Annual report of the Madras Medical College
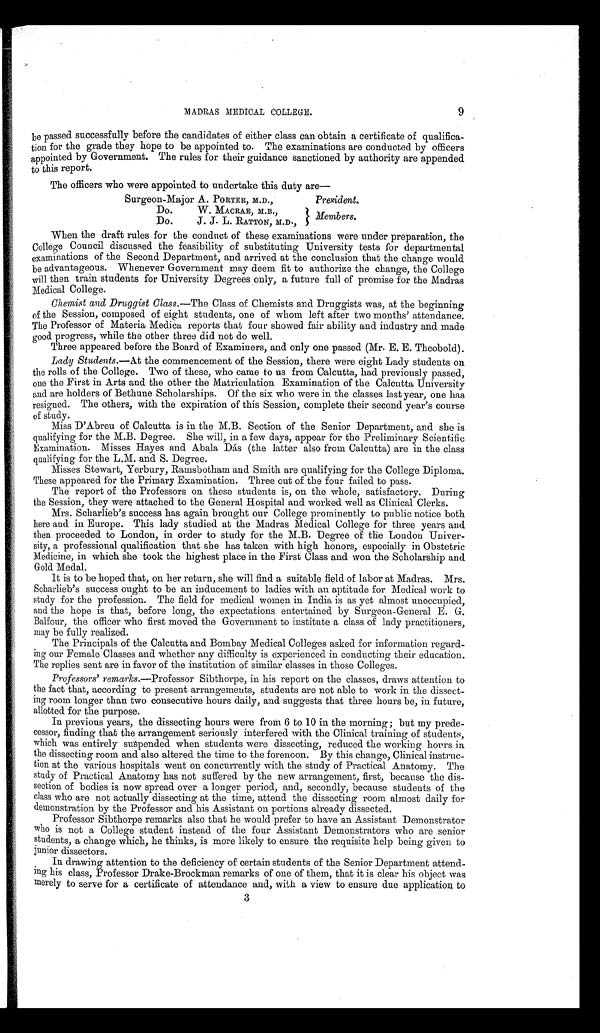
MADRAS MEDICAL COLLEGE.
9
be passed successfully before the candidates of either class can obtain a certificate of qualifica-
tion for the grade they hope to be appointed to. The examinations are conducted by officers
appointed by Government. The rules for their guidance sanctioned by authority are appended
to this report.
The officers who were appointed to undertake this duty are
―
Surgeon-Major A. PORTER, M.D.,
President.
Do . W. MACR AE M. B. , . .
Do . J . J . L . R AT T ON, M. D. ,
When the draft rules for the conduct of these examinations were under preparation, the
College Council discussed the feasibility of substituting University tests for departmental
examinations of the Second Department, and arrived at the conclusion that the change would
be advantageous. Whenever Government may deem fit to authorize the change, the College
will then train students for University Degrees only, a future full of promise for the Madras
Medical College.
Chemist and Druggist Class.—The Class of Chemists and Druggists was, at the beginning
of the Session, composed of eight students, one of whom left after two months' attendance.
The Professor of Materia Medica reports that four showed fair ability and industry and made
good progress, while the other three did not do well.
Three appeared before the Board of Examiners, and only one passed (Mr. E. E. Theobold).
Lady Students.—At the commencement of the Session, there were eight Lady students on
the rolls of the College. Two of these, who came to us from Calcutta, had previously passed,
one the First in Arts and the other the Matriculation Examination of the Calcutta University
and are holders of Bethune Scholarships. Of the six who were in the classes last year, one has
resigned. The others, with the expiration of this Session, complete their second year's course
of study.
Miss D'Abreu of Calcutta is in the M.B. Section of the Senior Department, and she is
qualifying for the M.B. Degree. She will, in a few days, appear for the Preliminary Scientific
Examination. Misses Hayes and Abala Dás (the latter also from Calcutta) are in the class
qualifying for the L.M. and S. Degree.
Misses Stewart, Yerbury, Ramsbotham and Smith are qualifying for the College Diploma.
These appeared for the Primary Examination. Three out of the four failed to pass.
The report of the Professors on these students is, on the whole, satisfactory. During
the Session, they were attached to the General Hospital and worked well as Clinical Clerks.
Mrs. Scharlieb's success has again brought our College prominently to public notice both
here and in Europe. This lady studied at the Madras Medical College for three years and
then proceeded to London, in order to study for the M.B. Degree of the London Univer-
sity, a professional qualification that she has taken with high honors, especially in Obstetric
Medicine, in which she took the highest place in the First Class and won the Scholarship and
Gold Medal.
It is to be hoped that, on her return, she will find a suitable field of labor at Madras. Mrs.
Scharlieb's success ought to be an inducement to ladies with an aptitude for Medical work to
study for the profession. The field for medical women in India is as yet almost unoccupied,
and the hope is that, before long, the expectations entertained by Surgeon-General E. G.
Balfour, the officer who first moved the Government to institute a class of lady practitioners,
may be fully realized.
The Principals of the Calcutta and Bombay Medical Colleges asked for information regard-
ing our Female Classes and whether any difficulty is experienced in conducting their education.
The replies sent are in favor of the institution of similar classes in those Colleges.
Pro fessors' remarks.—Professor Sibthorpe, in his report on the classes, draws attention to
the fact that, according to present arrangements, students are not able to work in the dissect-
ing room longer than two consecutive hours daily, and suggests that three hours be, in future,
allotted for the purpose.
In previous years, the dissecting hours were from 6 to 10 in the morning; but my prede-
cessor, finding that the arrangement seriously interfered with the Clinical training of students,
which was entirely suspended when students were dissecting, reduced the working hours in
the dissecting room and also altered the time to the forenoon. By this change, Clinical instruc-
tion at the various hospitals went on concurrently with the study of Practical Anatomy. The
study of Practical Anatomy has not suffered by the new arrangement, first, because the dis-
section of bodies is now spread over a longer period, and, secondly, because students of the
class who are not actually dissecting at the time, attend the dissecting room almost daily for
demonstration by the Professor and his Assistant on portions already dissected.
Professor Sibthorpe remarks also that he would prefer to have an Assistant Demonstrator
who is not a College student instead of the four Assistant Demonstrators who are senior
students, a change which, he thinks, is more likely to ensure the requisite help being given to
junior dissectors.
In drawing attention to the deficiency of certain students of the Senior Department attend-
ing his class, Professor Drake-Brockman remarks of one of them, that it is clear his object was
merely to serve for a certificate of attendance and, with a view to ensure due application to
3